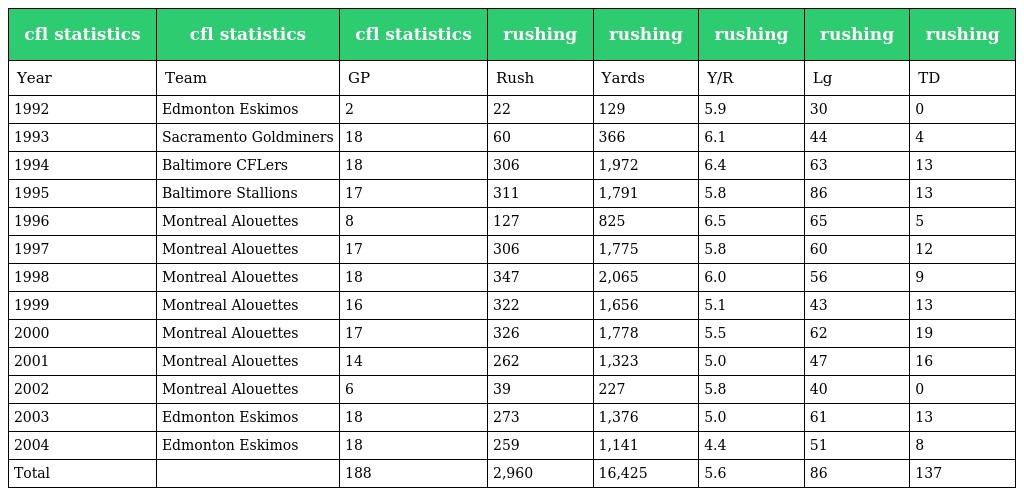
| cfl statistics | cfl statistics | cfl statistics | rushing | rushing | rushing | rushing | rushing |
 | --- | --- | --- | --- | --- | --- | --- | --- |
 | Year | Team | GP | Rush | Yards | Y/R | Lg | TD |
 | 1992 | Edmonton Eskimos | 2 | 22 | 129 | 5.9 | 30 | 0 |
 | 1993 | Sacramento Goldminers | 18 | 60 | 366 | 6.1 | 44 | 4 |
 | 1994 | Baltimore CFLers | 18 | 306 | 1,972 | 6.4 | 63 | 13 |
 | 1995 | Baltimore Stallions | 17 | 311 | 1,791 | 5.8 | 86 | 13 |
 | 1996 | Montreal Alouettes | 8 | 127 | 825 | 6.5 | 65 | 5 |
 | 1997 | Montreal Alouettes | 17 | 306 | 1,775 | 5.8 | 60 | 12 |
 | 1998 | Montreal Alouettes | 18 | 347 | 2,065 | 6.0 | 56 | 9 |
 | 1999 | Montreal Alouettes | 16 | 322 | 1,656 | 5.1 | 43 | 13 |
 | 2000 | Montreal Alouettes | 17 | 326 | 1,778 | 5.5 | 62 | 19 |
 | 2001 | Montreal Alouettes | 14 | 262 | 1,323 | 5.0 | 47 | 16 |
 | 2002 | Montreal Alouettes | 6 | 39 | 227 | 5.8 | 40 | 0 |
 | 2003 | Edmonton Eskimos | 18 | 273 | 1,376 | 5.0 | 61 | 13 |
 | 2004 | Edmonton Eskimos | 18 | 259 | 1,141 | 4.4 | 51 | 8 |
 | Total |  | 188 | 2,960 | 16,425 | 5.6 | 86 | 137 |